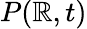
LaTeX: P(\mathbb{R},t)